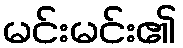
မင်းမင်း၏